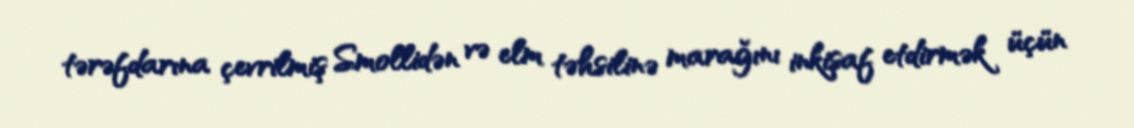
tərəfdarına çevrilmiş Smollidən və elm təhsilinə marağını inkişaf etdirmək üçün